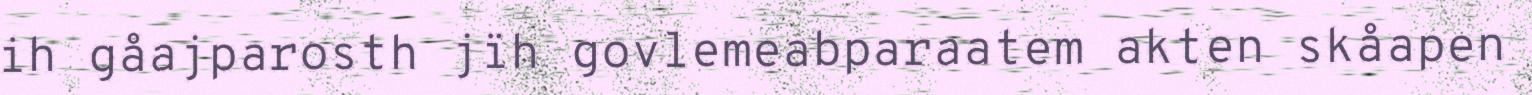
ih gåajparosth jïh govlemeabparaatem akten skåapen